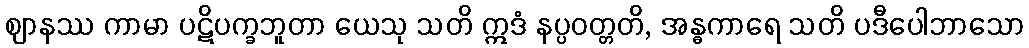
ဈာနဿ ကာမာ ပဋိပက္ခဘူတာ ယေသု သတိ ဣဒံ နပ္ပဝတ္တတိ, အန္ဓကာရေ သတိ ပဒီပေါဘာသော